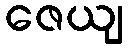
ဇေယျ